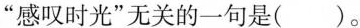
与”感叹时光”无关的一句是()。